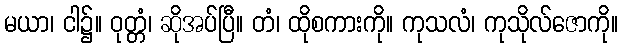
မယာ၊ ငါ၌။ ဝုတ္တံ၊ ဆိုအပ်ပြီ။ တံ၊ ထိုစကားကို။ ကုသလံ၊ ကုသိုလ်ဇောကို။